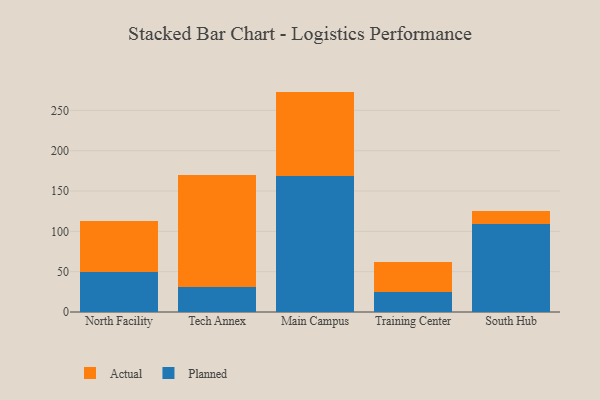
{"axis": {"x": "Campus", "y": "Energy Usage (MWh)"}, "legend": ["Actual", "Planned"], "data": [{"x": "North Facility", "y": 49.6, "type": "Planned"}, {"x": "North Facility", "y": 62.7, "type": "Actual"}, {"x": "Tech Annex", "y": 30.7, "type": "Planned"}, {"x": "Tech Annex", "y": 139.7, "type": "Actual"}, {"x": "Main Campus", "y": 168.1, "type": "Planned"}, {"x": "Main Campus", "y": 105.2, "type": "Actual"}, {"x": "Training Center", "y": 24.4, "type": "Planned"}, {"x": "Training Center", "y": 37.2, "type": "Actual"}, {"x": "South Hub", "y": 108.7, "type": "Planned"}, {"x": "South Hub", "y": 17.0, "type": "Actual"}]}